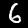
Digit: 6